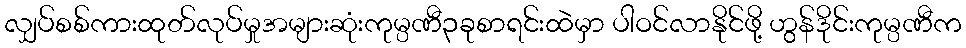
လျှပ်စစ်ကားထုတ်လုပ်မှုအများဆုံးကုမ္ပဏီ၃ခုစာရင်းထဲမှာ ပါဝင်လာနိုင်ဖို့ ဟွန်ဒိုင်းကုမ္ပဏီက